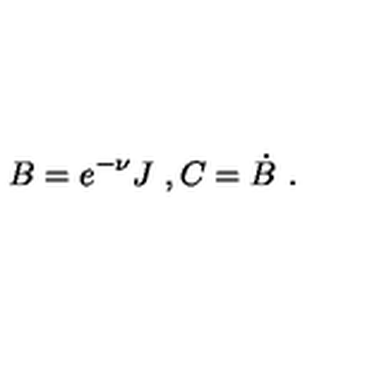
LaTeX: B = e ^ { - \nu } J \ , C = \dot { B } \ .